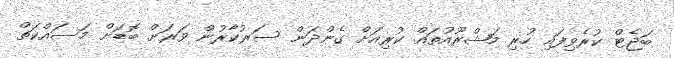
ބަޖެޓް ކުރެވިފައި ހުރި މަޝްރޫއުތައް ކުރިއަށް ގެންދަން ސަރުކާރުން ވަރަށް ބޮޑަށް މަސައްކަތް